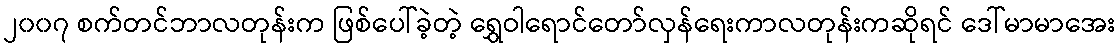
၂၀၀၇ စက်တင်ဘာလတုန်းက ဖြစ်ပေါ်ခဲ့တဲ့ ရွှေဝါရောင်တော်လှန်ရေးကာလတုန်းကဆိုရင် ဒေါ်မာမာအေး